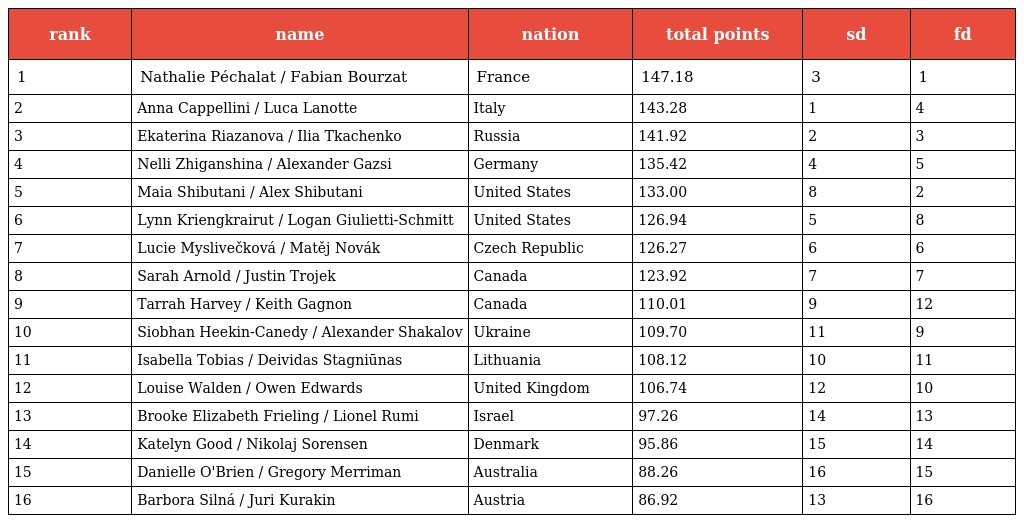
| rank | name | nation | total points | sd | fd |
 | --- | --- | --- | --- | --- | --- |
 | 1 | Nathalie Péchalat / Fabian Bourzat | France | 147.18 | 3 | 1 |
 | 2 | Anna Cappellini / Luca Lanotte | Italy | 143.28 | 1 | 4 |
 | 3 | Ekaterina Riazanova / Ilia Tkachenko | Russia | 141.92 | 2 | 3 |
 | 4 | Nelli Zhiganshina / Alexander Gazsi | Germany | 135.42 | 4 | 5 |
 | 5 | Maia Shibutani / Alex Shibutani | United States | 133.00 | 8 | 2 |
 | 6 | Lynn Kriengkrairut / Logan Giulietti-Schmitt | United States | 126.94 | 5 | 8 |
 | 7 | Lucie Myslivečková / Matěj Novák | Czech Republic | 126.27 | 6 | 6 |
 | 8 | Sarah Arnold / Justin Trojek | Canada | 123.92 | 7 | 7 |
 | 9 | Tarrah Harvey / Keith Gagnon | Canada | 110.01 | 9 | 12 |
 | 10 | Siobhan Heekin-Canedy / Alexander Shakalov | Ukraine | 109.70 | 11 | 9 |
 | 11 | Isabella Tobias / Deividas Stagniūnas | Lithuania | 108.12 | 10 | 11 |
 | 12 | Louise Walden / Owen Edwards | United Kingdom | 106.74 | 12 | 10 |
 | 13 | Brooke Elizabeth Frieling / Lionel Rumi | Israel | 97.26 | 14 | 13 |
 | 14 | Katelyn Good / Nikolaj Sorensen | Denmark | 95.86 | 15 | 14 |
 | 15 | Danielle O'Brien / Gregory Merriman | Australia | 88.26 | 16 | 15 |
 | 16 | Barbora Silná / Juri Kurakin | Austria | 86.92 | 13 | 16 |